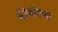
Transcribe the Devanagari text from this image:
मॅरेथॉनच्या